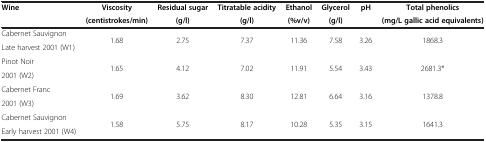
<table><thead><tr><td rowspan="2"><b>Wine</b></td><td><b>Viscosity</b></td><td><b>Residual sugar</b></td><td><b>Titratable acidity</b></td><td><b>Ethanol</b></td><td><b>Glycerol</b></td><td rowspan="2"><b>pH</b></td><td><b>Total phenolics</b></td></tr><tr><td><b>(centistrokes/min)</b></td><td><b>(g/l)</b></td><td><b>(g/l)</b></td><td><b>(%v/v)</b></td><td><b>(g/l)</b></td><td><b>(mg/L gallic acid equivalents)</b></td></tr></thead><tbody><tr><td>Cabernet Sauvignon</td><td rowspan="2">1.68</td><td rowspan="2">2.75</td><td rowspan="2">7.37</td><td rowspan="2">11.36</td><td rowspan="2">7.58</td><td rowspan="2">3.26</td><td rowspan="2">1868.3</td></tr><tr><td>Late harvest 2001 (W1)</td></tr><tr><td>Pinot Noir</td><td rowspan="2">1.65</td><td rowspan="2">4.12</td><td rowspan="2">7.02</td><td rowspan="2">11.91</td><td rowspan="2">5.54</td><td rowspan="2">3.43</td><td rowspan="2">2681.3*</td></tr><tr><td>2001 (W2)</td></tr><tr><td>Cabernet Franc</td><td rowspan="2">1.69</td><td rowspan="2">3.62</td><td rowspan="2">8.30</td><td rowspan="2">12.81</td><td rowspan="2">6.64</td><td rowspan="2">3.16</td><td rowspan="2">1378.8</td></tr><tr><td>2001 (W3)</td></tr><tr><td>Cabernet Sauvignon</td><td rowspan="2">1.58</td><td rowspan="2">5.75</td><td rowspan="2">8.17</td><td rowspan="2">10.28</td><td rowspan="2">5.35</td><td rowspan="2">3.15</td><td rowspan="2">1641.3</td></tr><tr><td>Early harvest 2001 (W4)</td></tr></tbody></table>